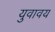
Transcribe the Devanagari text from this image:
युवावय